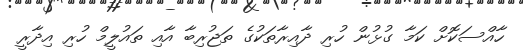
ހާއްސަކޮށް ކަމާ ގުޅުން ހުރި ދާއިރާތަކުގެ ތަޖުރިބާ އާއި ތައުލީމް ހުރި އިދާރީ